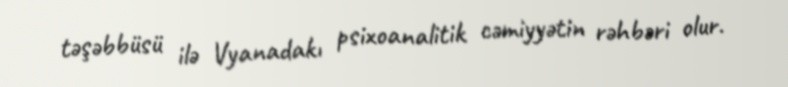
təşəbbüsü ilə Vyanadakı psixoanalitik cəmiyyətin rəhbəri olur.